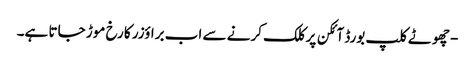
- چھوٹے کلپ بورڈ آئکن پر کلک کرنے سے اب براؤزر کا رخ موڑ جاتا ہے۔